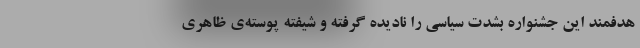
هدفمند این جشنواره بشدت سیاسی را نادیده گرفته و شیفته پوسته‌ی ظاهری